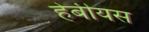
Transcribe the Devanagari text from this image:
हेबीयस